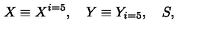
X \equiv X ^ { i = 5 } , \quad Y \equiv Y _ { i = 5 } , \quad S ,